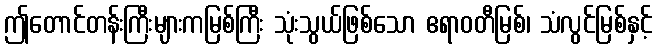
ဤတောင်တန်းကြီးများကမြစ်ကြီး သုံးသွယ်ဖြစ်သော ဧရာဝတီမြစ်၊ သံလွင်မြစ်နှင့်